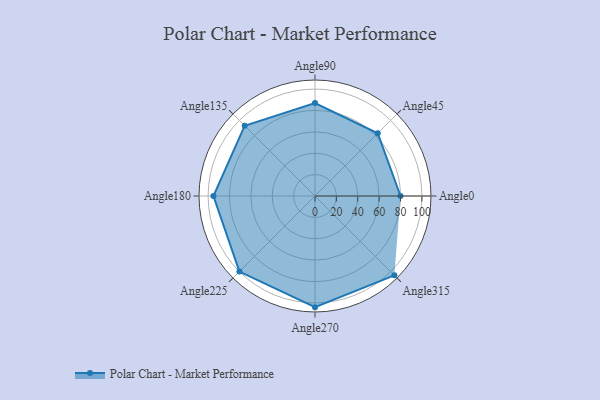
{"axis": {"x": "Angle", "y": "Radius"}, "legend": [""], "data": [{"x": "Angle0", "y": 80.0, "type": ""}, {"x": "Angle45", "y": 83.0, "type": ""}, {"x": "Angle90", "y": 87.0, "type": ""}, {"x": "Angle135", "y": 93.0, "type": ""}, {"x": "Angle180", "y": 95.0, "type": ""}, {"x": "Angle225", "y": 100.0, "type": ""}, {"x": "Angle270", "y": 104.0, "type": ""}, {"x": "Angle315", "y": 105.0, "type": ""}]}